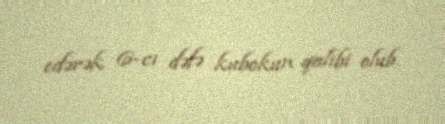
edərək 6-cı dəfə kubokun qalibi olub.